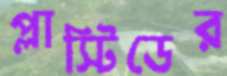
প্লাস্টিডের